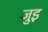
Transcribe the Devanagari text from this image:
जुइ